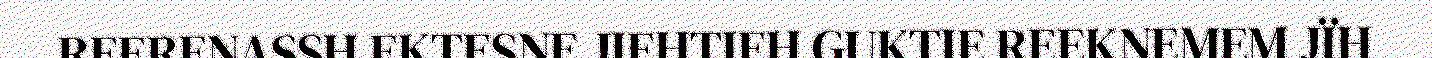
REERENASSH EKTESNE JIEHTIEH GUKTIE REEKNEMEM JÏH